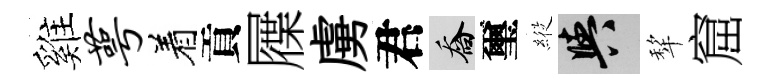
雞萼着貢屧虜君喬璽𦂵阳犂窟